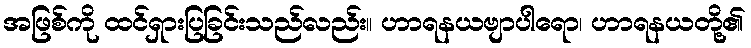
အဖြစ်ကို ထင်ရှားပြခြင်းသည်လည်း။ ဟာရနယဗျာပါရော၊ ဟာရနယတို့၏